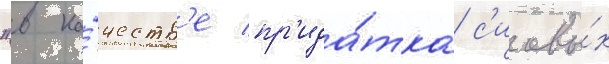
"в ка́честв'е пр'ида́тка с'иловы́х